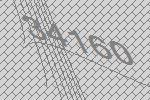
34160